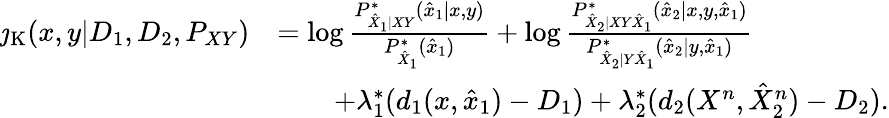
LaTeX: \begin{array}{rl}{\jmath_{\mathrm{K}}(x,y|D_{1},D_{2},P_{XY})}&{=\log\frac{P_{\hat{X}_{1}|XY}^{*}(\hat{x}_{1}|x,y)}{P_{\hat{X}_{1}}^{*}(\hat{x}_{1})}+\log\frac{P_{\hat{X}_{2}|XY\hat{X}_{1}}^{*}(\hat{x}_{2}|x,y,\hat{x}_{1})}{P_{\hat{X}_{2}|Y\hat{X}_{1}}^{*}(\hat{x}_{2}|y,\hat{x}_{1})}}\\ &{\qquad+\lambda_{1}^{*}(d_{1}(x,\hat{x}_{1})-D_{1})+\lambda_{2}^{*}(d_{2}(X^{n},\hat{X}_{2}^{n})-D_{2}).}\end{array}